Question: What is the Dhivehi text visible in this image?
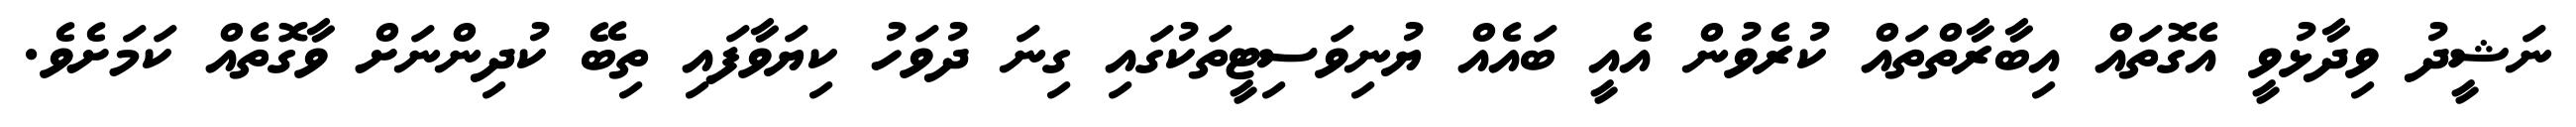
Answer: ނަޝީދު ވިދާޅުވީ އެގޮތައް އިބާރާތްތައް ކުރެވުން އެއީ ބައެއް ޔުނިވަސިޓީތަކުގައި ގިނަ ދުވަހު ކިޔަވާފައި ތިބޭ ކުދިންނަށް ވާގޮތެއް ކަމަށެވެ.